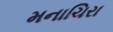
મનાચિરા